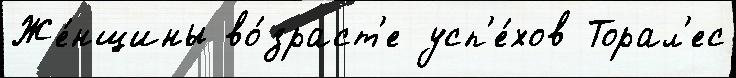
Же́нщины во́зраст'е усп'е́хов Торал'ес